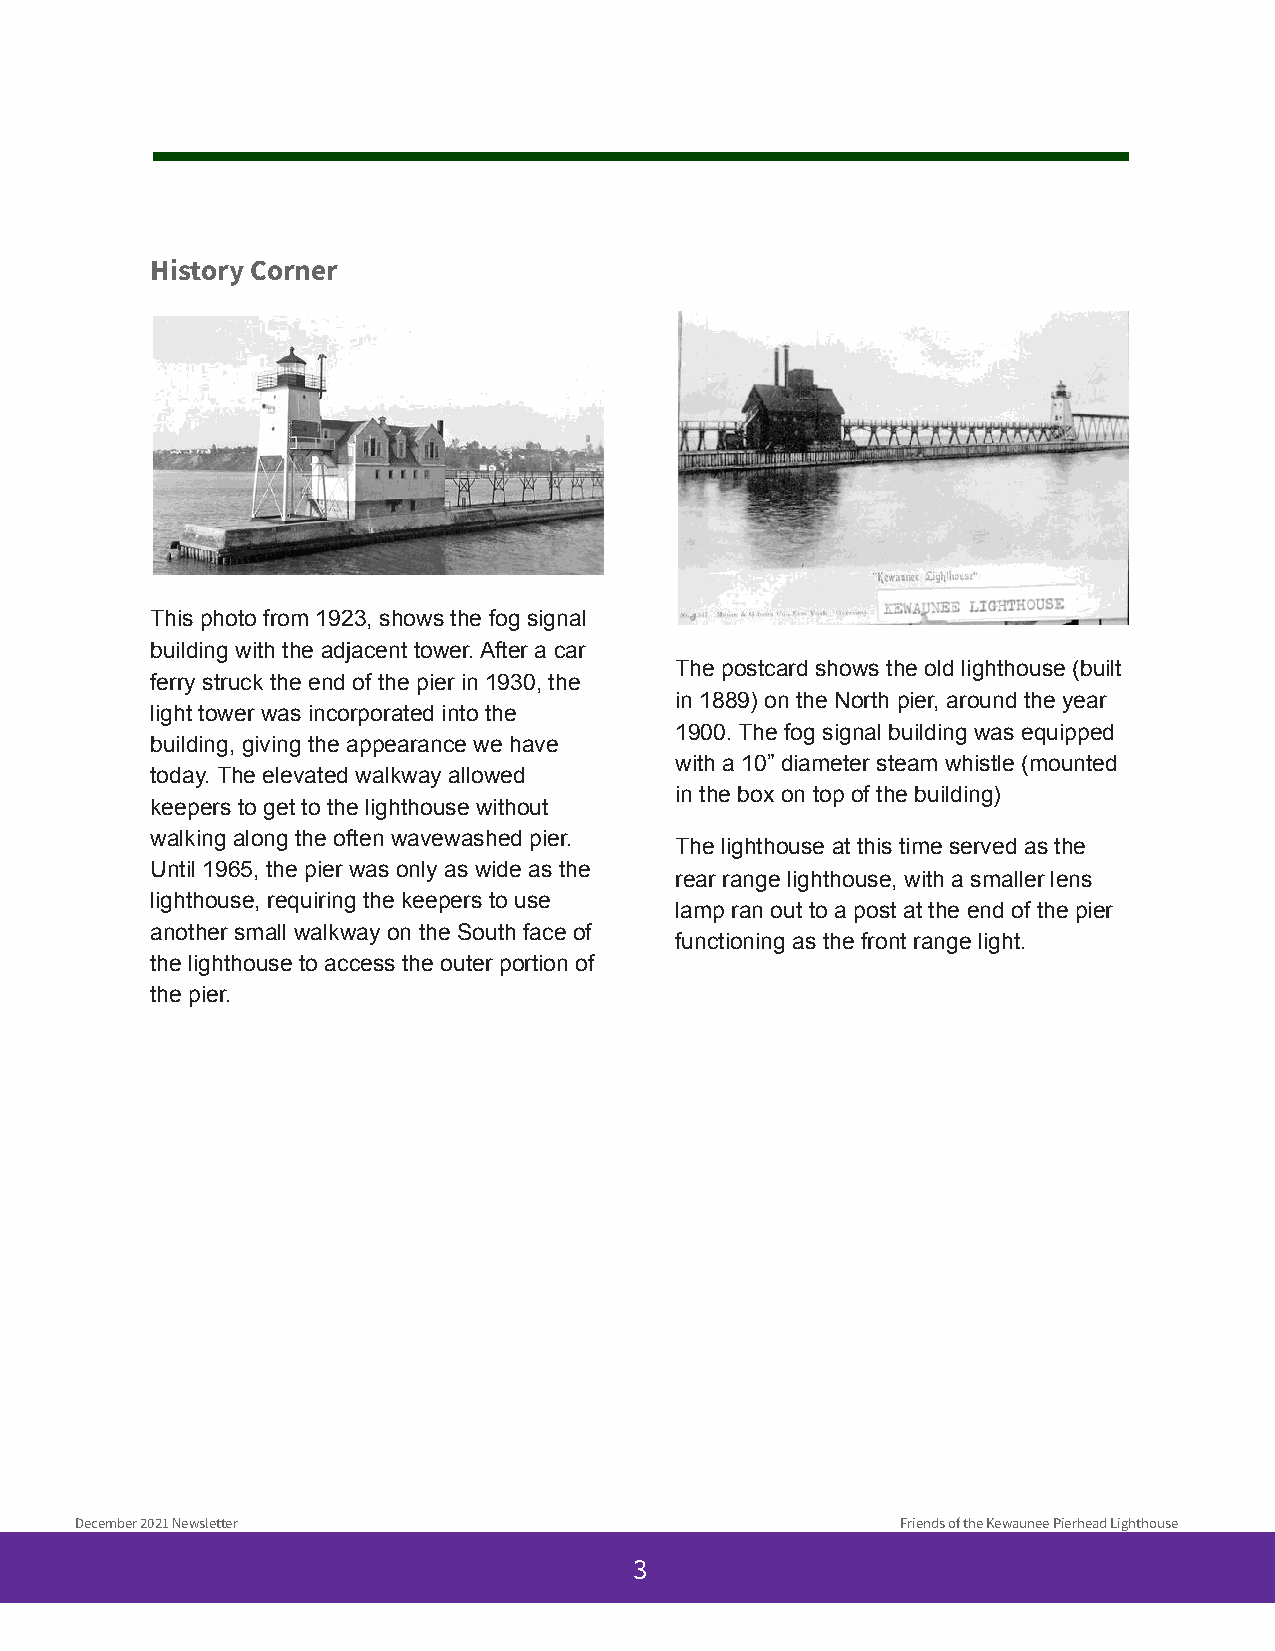
History Corner
 This photo from 1923, shows the fog signal
 building with the adjacent tower. After a car
 The postcard shows the old lighthouse (built
 ferry struck the end of the pier in 1930, the
 in 1889) on the North pier, around the year
 light tower was incorporated into the
 1900. The fog signal building was equipped
 building, giving the appearance we have
 with a 10” diameter steam whistle (mounted
 today. The elevated walkway allowed
 in the box on top of the building)
 keepers to get to the lighthouse without
 walking along the often wavewashed pier.
 The lighthouse at this time served as the
 Until 1965, the pier was only as wide as the
 rear range lighthouse, with a smaller lens
 lighthouse, requiring the keepers to use
 lamp ran out to a post at the end of the pier
 another small walkway on the South face of
 functioning as the front range light.
 the lighthouse to access the outer portion of
 the pier.
 December 2021 Newsletter                               Friends of the Kewaunee Pierhead Lighthouse
 3